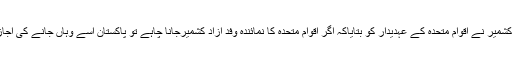
وزیراعظم آزاد کشمیر نے اقوام متحدہ کے عہدیدار کو بتایاکہ اگر اقوام متحدہ کا نمائندہ وفد آزاد کشمیرجانا چاہے تو پاکستان اسے وہاں جانے کی اجازت دے دے گا۔